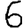
Digit: 6